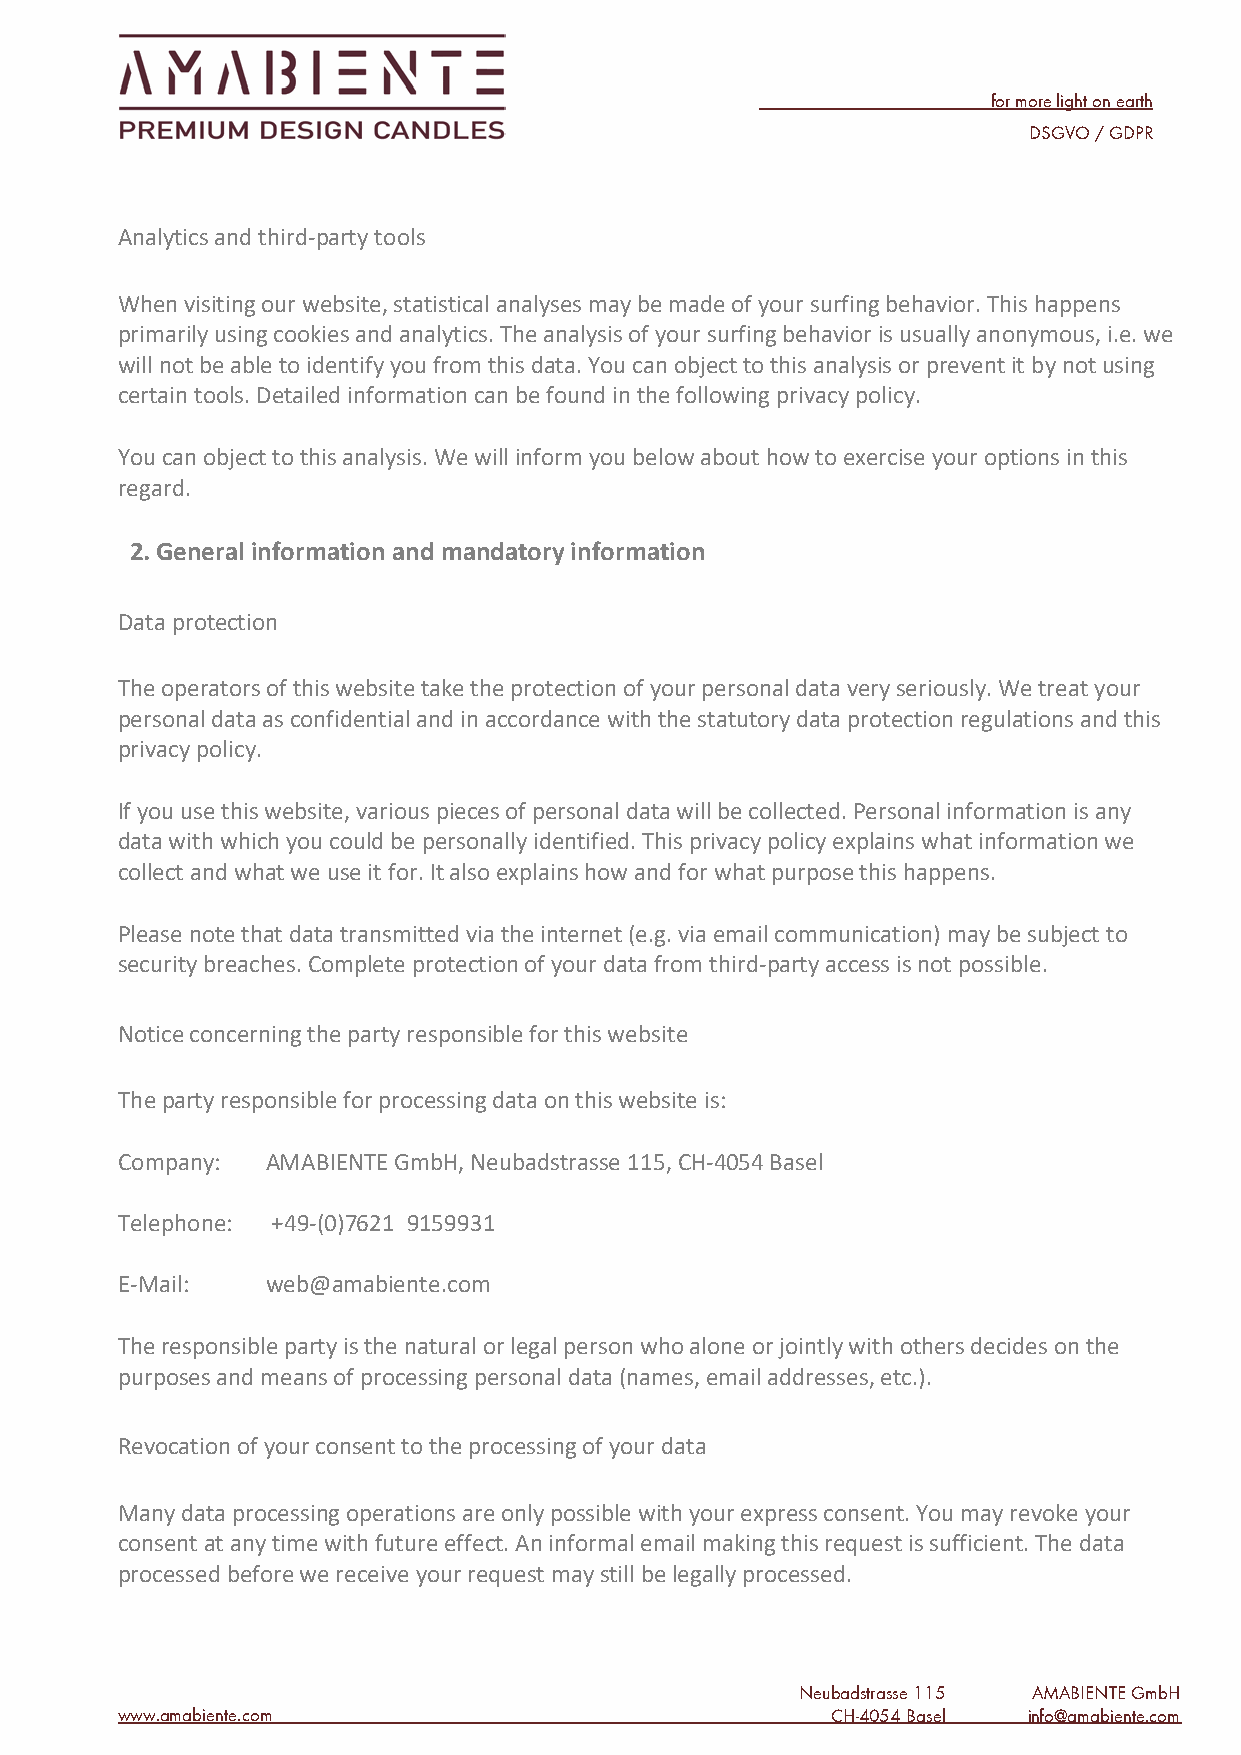
for more light on earth
 DSGVO / GDPR
 Analytics and third-party tools
 When visiting our website, statistical analyses may be made of your surfing behavior. This happens
 primarily using cookies and analytics. The analysis of your surfing behavior is usually anonymous, i.e. we
 will not be able to identify you from this data. You can object to this analysis or prevent it by not using
 certain tools. Detailed information can be found in the following privacy policy.
 You can object to this analysis. We will inform you below about how to exercise your options in this
 regard.
 2. General information and mandatory information
 Data protection
 The operators of this website take the protection of your personal data very seriously. We treat your
 personal data as confidential and in accordance with the statutory data protection regulations and this
 privacy policy.
 If you use this website, various pieces of personal data will be collected. Personal information is any
 data with which you could be personally identified. This privacy policy explains what information we
 collect and what we use it for. It also explains how and for what purpose this happens.
 Please note that data transmitted via the internet (e.g. via email communication) may be subject to
 security breaches. Complete protection of your data from third-party access is not possible.
 Notice concerning the party responsible for this website
 The party responsible for processing data on this website is:
 Company:  AMABIENTE GmbH, Neubadstrasse 115, CH-4054 Basel
 Telephone: +49-(0)7621 9159931
 E-Mail:   web@amabiente.com
 The responsible party is the natural or legal person who alone or jointly with others decides on the
 purposes and means of processing personal data (names, email addresses, etc.).
 Revocation of your consent to the processing of your data
 Many data processing operations are only possible with your express consent. You may revoke your
 consent at any time with future effect. An informal email making this request is sufficient. The data
 processed before we receive your request may still be legally processed.
 Neubadstrasse 115 AMABIENTE GmbH
 www.amabiente.com                              CH-4054 B asel info@amabiente.com